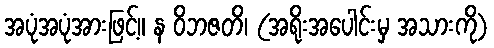
အပုံအပုံအားဖြင့်။ န ဝိဘဇတိ၊ (အရိုးအပေါင်းမှ အသားကို)